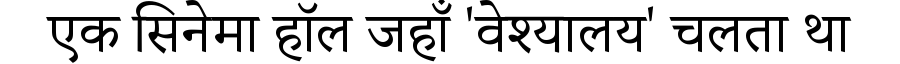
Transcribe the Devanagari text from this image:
एक सिनेमा हॉल जहाँ 'वेश्यालय' चलता था